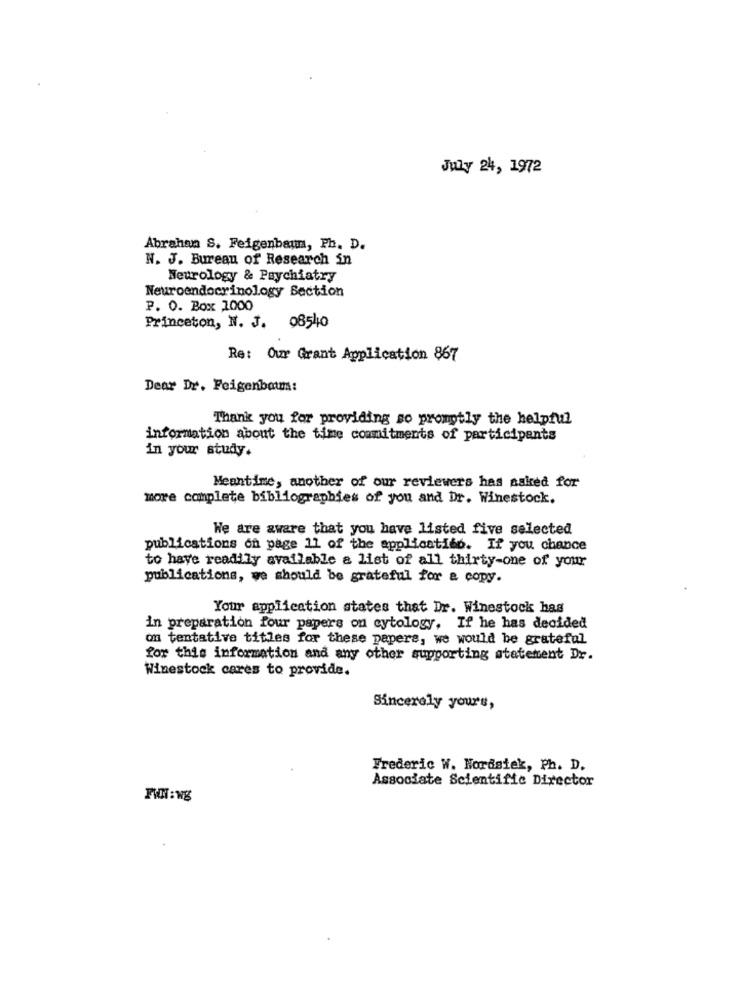
July 24, 1972
Abrahan S. Feigenbaum, Ph. D.
W. J. Bureau of Research in
Neurology & Psychiatry
Neuroendocrinology Section
P. O. Box 1000
Princeton, N. J. 08540
Re: Our Grant Application 867
Dear Dr. Feigenbaum:
Thank you for providing so promptly the helpful
information about the time commitments of participants
in your study.
Meantime, another of our reviewers has asked for
more complete bibliographies of you and Dr. Winestock.
We are aware that you have listed five selected
publications on page 11 of the applicatito. If you chance
to have readily available a list of all thirty-one of your
publications, we should be grateful for a copy.
Your application states that Dr. Winestock has
in preparation four papers on cytology, If he has decided
on tentative titles for these papers, we would be grateful
for this information and any other supporting statement Dr.
Winestock cares to provide.
Sincerely yours,
Frederic W. Nordstek, Ph. D.
Associate Scientific Director